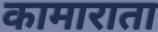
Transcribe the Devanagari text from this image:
कामाराता